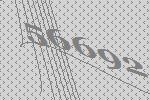
56692